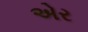
એર